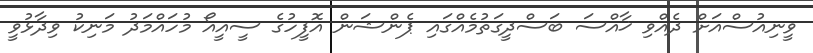
ވީނިއުސްއަށް ދެއްވި ޚާއްސަ ބަސްދީގަތުމެއްގައި ޕެންޝަން އޮފީހުގެ ސީއީއޯ މުހައްމަދު މަނިކު ވިދާޅުވީ